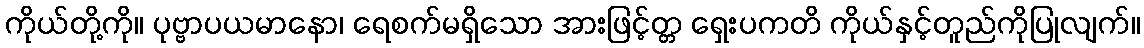
ကိုယ်တို့ကို။ ပုဗ္ဗာပယမာနော၊ ရေစက်မရှိသော အားဖြင့်တ္တ ရှေးပကတိ ကိုယ်နှင့်တူည်ကိုပြုလျက်။